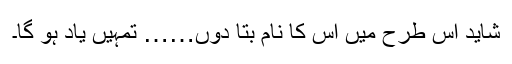
شاید اس طرح میں اُس کا نام بتا دوں…… تمہیں یاد ہو گا۔